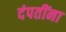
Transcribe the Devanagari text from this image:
दंपतींना